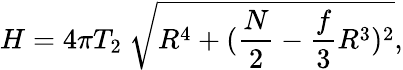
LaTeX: H=4\pi T_{2}\ \sqrt{R^{4}+(\frac{N}{2}-\frac{f}{3}R^{3})^{2}},